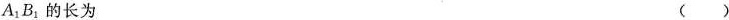
A_{1},B_{1}的长为 ( )